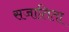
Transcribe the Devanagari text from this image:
सजातिता